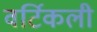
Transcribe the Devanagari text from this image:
वर्टिकली